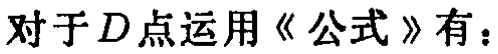
对于 \(D\) 点运用《公式》有：